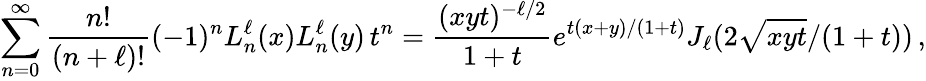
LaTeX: \sum_{n=0}^{\infty}\frac{n!}{(n+\ell)!}(-1)^{n}L_{n}^{\ell}(x)L_{n}^{\ell}(y)\, t^{n}=\frac{(xyt)^{-\ell/2}}{1+t}e^{t(x+y)/(1+t)}J_{\ell}(2\sqrt{xyt}/(1+t))\, ,